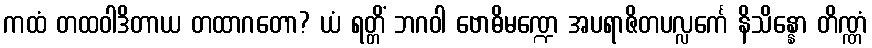
ကထံ တထဝါဒိတာယ တထာဂတော? ယံ ရတ္တိံ ဘဂဝါ ဗောဓိမဏ္ဍေ အပရာဇိတပလ္လင်္ကေ နိသိန္နော တိဏ္ဏံ